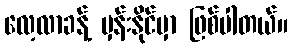
လေ့လာခန့် မှန်းနိုင်မှာ ဖြစ်ပါတယ်။